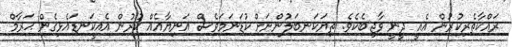
ރައްކާތެރިކުރުން އެއީ ދީނީ ވާޖިބެކެވެ. ތިޔަކަނބަލުންނަށް ކުޑަނަމަވެސް އަނިޔާއެއް ކުރުން އެއީކަނޑައެޅިގެން ޙަރާމް